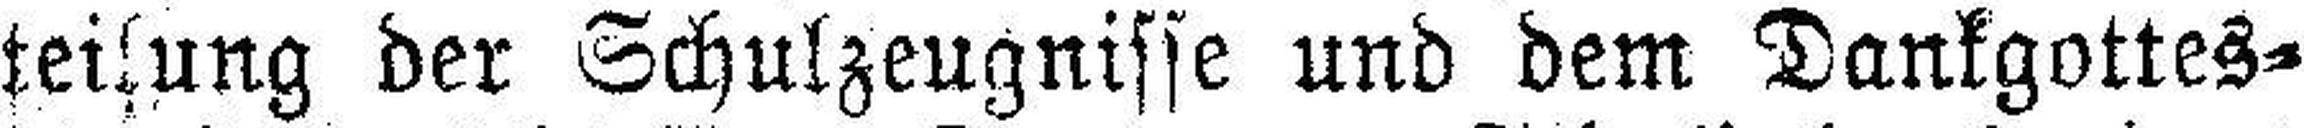
teilung der Schulzeugnisse und dem Dankgottes¬